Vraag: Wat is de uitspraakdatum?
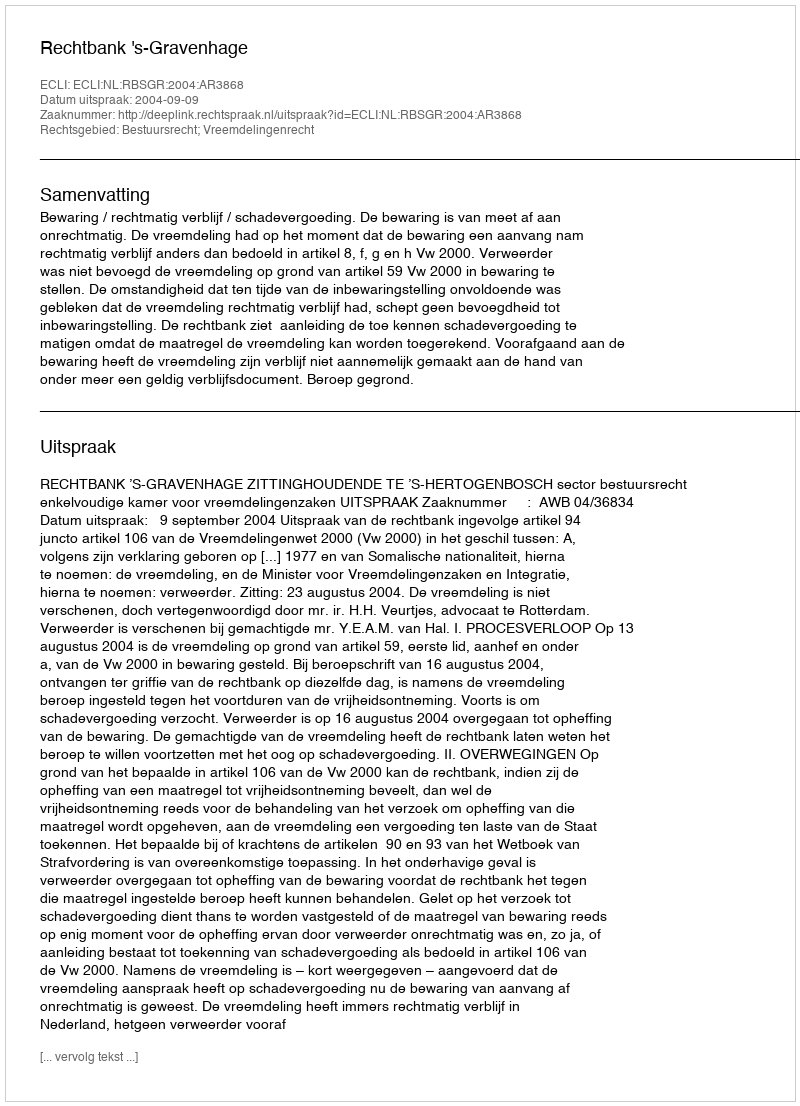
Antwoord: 2004-09-09